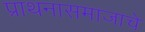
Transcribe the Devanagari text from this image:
प्राथनासमाजाचे